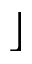
\rfloor